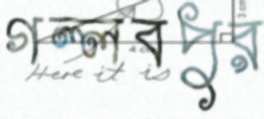
গল্লবপুর